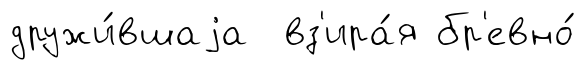
дружи́вшаjа вз'ира́я бр'евно́